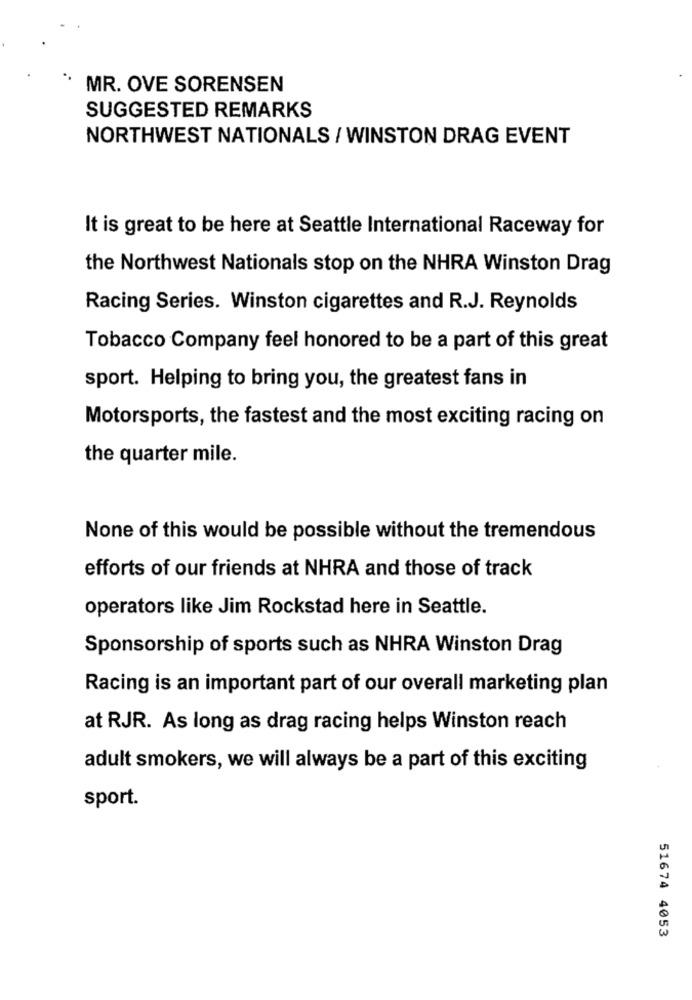
MR. OVE SORENSEN
SUGGESTED REMARKS
NORTHWEST NATIONALS / WINSTON DRAG EVENT
It is great to be here at Seattle International Raceway for
the Northwest Nationals stop on the NHRA Winston Drag
Racing Series. Winston cigarettes and R.J. Reynolds
Tobacco Company feel honored to be a part of this great
sport. Helping to bring you, the greatest fans in
Motorsports, the fastest and the most exciting racing on
the quarter mile.
None of this would be possible without the tremendous
efforts of our friends at NHRA and those of track
operators like Jim Rockstad here in Seattle.
Sponsorship of sports such as NHRA Winston Drag
Racing is an important part of our overall marketing plan
at RJR. As long as drag racing helps Winston reach
adult smokers, we will always be a part of this exciting
sport.
51674 4053